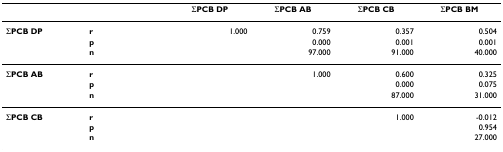
<table><thead><tr><td></td><td></td><td><b>ΣPCB DP</b></td><td><b>ΣPCB AB</b></td><td><b>ΣPCB CB</b></td><td><b>ΣPCB BM</b></td></tr></thead><tbody><tr><td><b>ΣPCB DP</b></td><td><b>r</b></td><td>1.000</td><td>0.759</td><td>0.357</td><td>0.504</td></tr><tr><td></td><td><b>p</b></td><td></td><td>0.000</td><td>0.001</td><td>0.001</td></tr><tr><td></td><td><b>n</b></td><td></td><td>97.000</td><td>91.000</td><td>40.000</td></tr><tr><td><b>ΣPCB AB</b></td><td><b>r</b></td><td></td><td>1.000</td><td>0.600</td><td>0.325</td></tr><tr><td></td><td><b>p</b></td><td></td><td></td><td>0.000</td><td>0.075</td></tr><tr><td></td><td><b>n</b></td><td></td><td></td><td>87.000</td><td>31.000</td></tr><tr><td><b>ΣPCB CB</b></td><td><b>r</b></td><td></td><td></td><td>1.000</td><td>-0.012</td></tr><tr><td></td><td><b>p</b></td><td></td><td></td><td></td><td>0.954</td></tr><tr><td></td><td><b>n</b></td><td></td><td></td><td></td><td>27.000</td></tr></tbody></table>